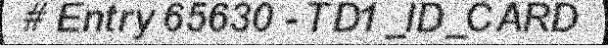
# Entry 65630 - TD1_ID_CARD